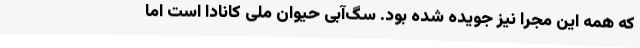
که همه این مجرا نیز جویده شده بود. سگ‌آبی حیوان ملی کانادا است اما